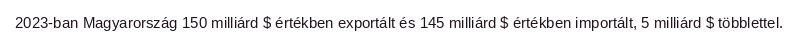
2023-ban Magyarország 150 milliárd $ értékben exportált és 145 milliárd $ értékben importált, 5 milliárd $ többlettel.